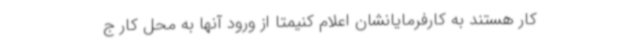
کار هستند به کارفرمایانشان اعلام کنیمتا از ورود آنها به محل کار ج